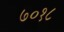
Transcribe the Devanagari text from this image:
७०१८